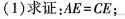
(1)求证：AE=CE；